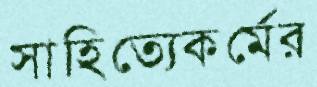
সাহিত্যেকর্মের